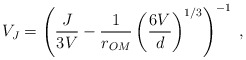
\begin{align*}V_J = \left(\frac{J}{3V}-\frac{1}{r_{OM}} \left(\frac{6V}{d}\right)^{1/3} \right)^{-1} \; , \end{align*}